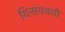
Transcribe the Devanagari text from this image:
थिनाथथंथी